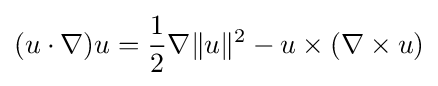
(u\cdot \nabla )u={\frac {1}{2}}\nabla \lVert u\rVert ^{2}-u\times (\nabla \times u)